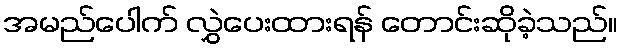
အမည်ပေါက် လွှဲပေးထားရန် တောင်းဆိုခဲ့သည်။